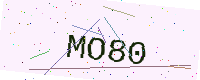
Text: MO80